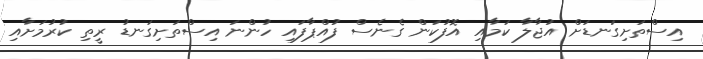
އިސްތަށިގަނޑަށް އުޖާލާ ކަމާއި އޮފުކަން ގެނެސް ފުއްޕާފައި ހުންނަ އިސްތަށިގަނޑު ރީތި ކުރުމަށާއި